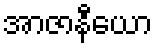
အာဇာနီယော